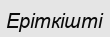
Еріткішті